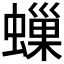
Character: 𧑀